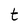
Character: t